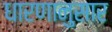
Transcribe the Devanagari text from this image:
धारणानुसार